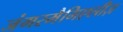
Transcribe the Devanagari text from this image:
जंगरमैगिएलीज़